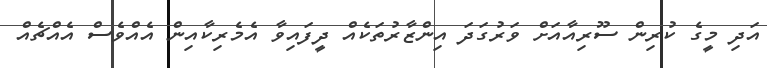
އަދި މީގެ ކުރިން ސޫރިއާއަށް ވަރުގަދަ އިންޒާރުތަކެއް ދީފައިވާ އެމެރިކާއިން އެއްވެސް އެއްޗެއް